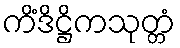
ကိံဒိဋ္ဌိကသုတ္တံ